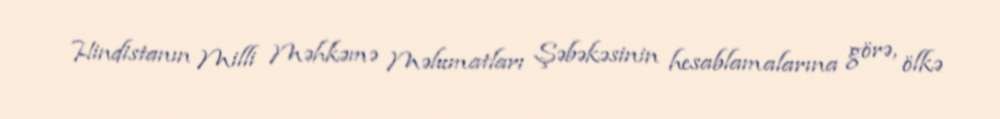
Hindistanın Milli Məhkəmə Məlumatları Şəbəkəsinin hesablamalarına görə, ölkə